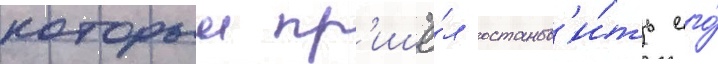
которыи пр'ишё́л останов'и́ть его́